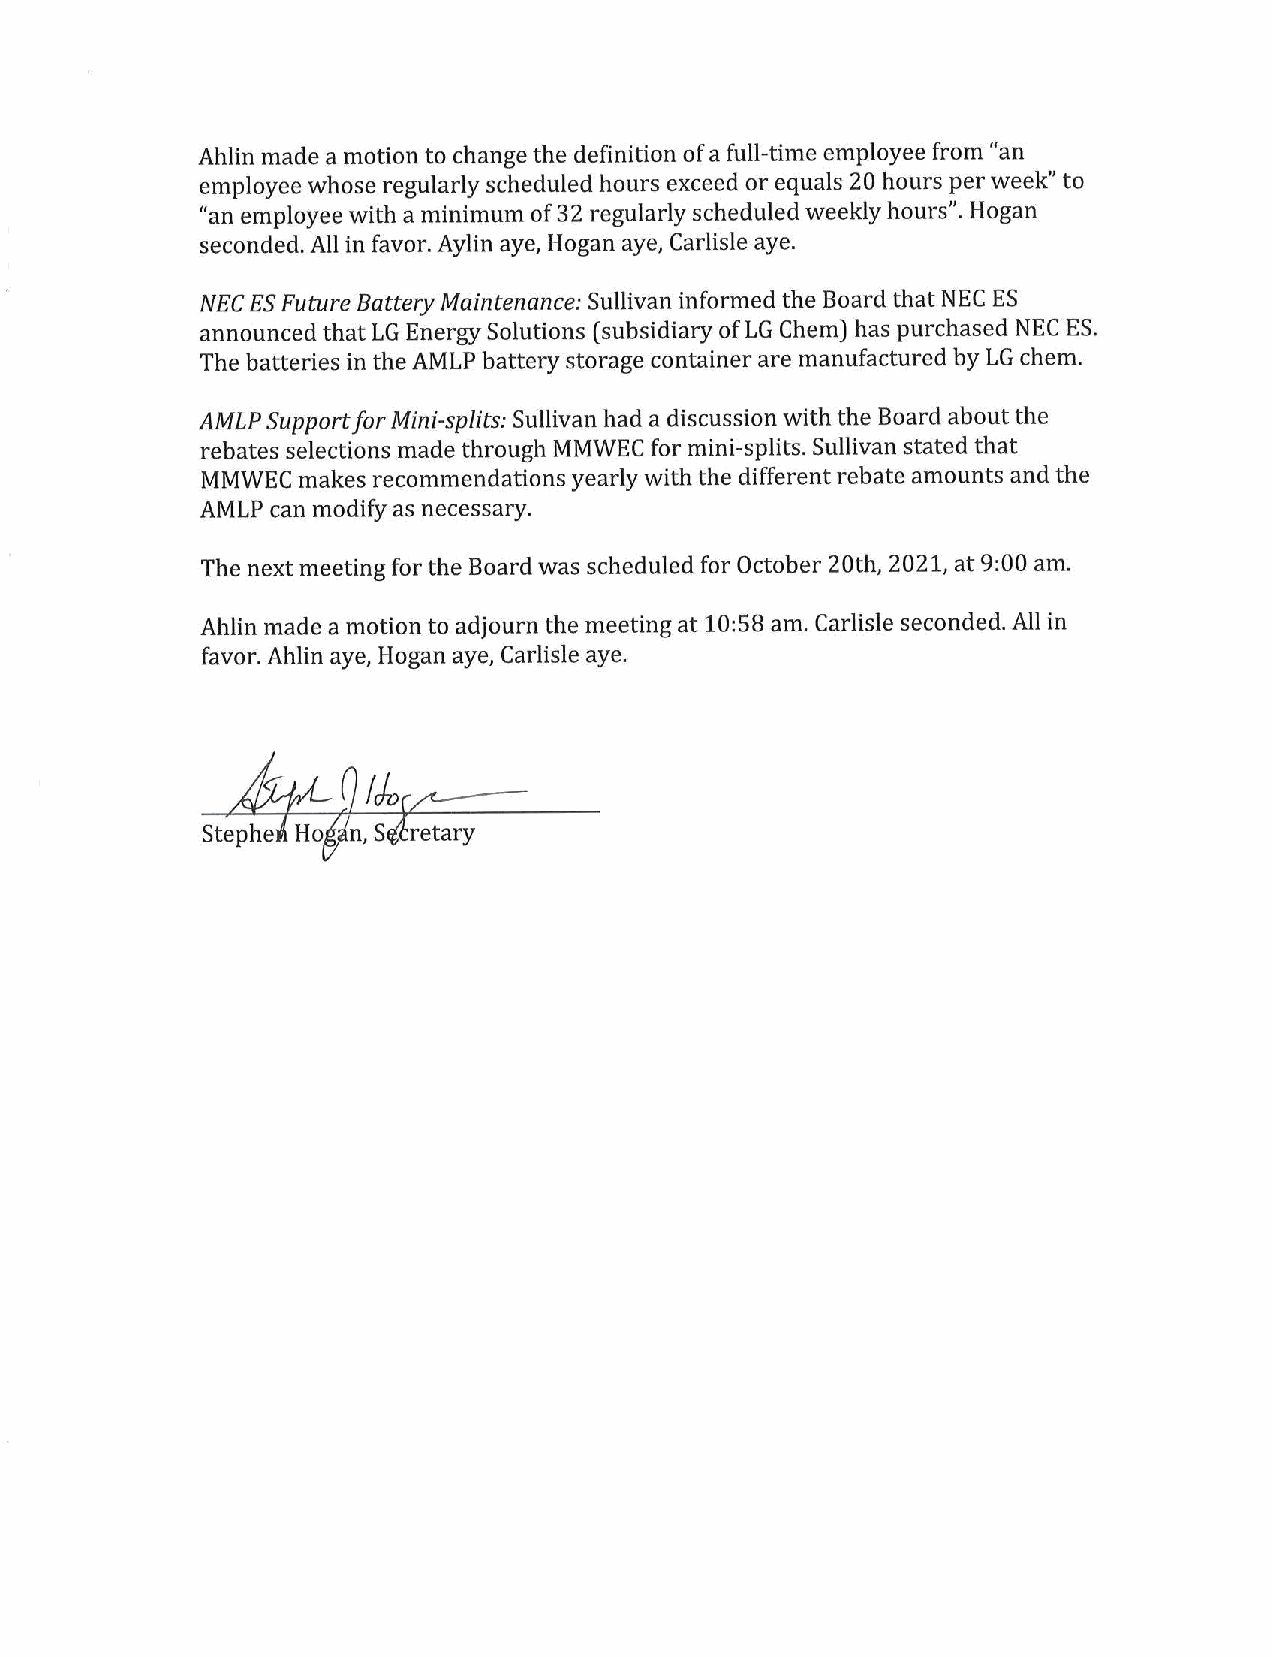
Ahlin made a motion to change the definition of a full-time employee from "an
 employee whose regularly scheduled hours exceed or equals 20 hours per week" to
 "an employee with a minimum of 32 regularly scheduled weekly hours". Hogan
 seconded. All in favor. Aylin aye, Hogan aye, Carlisle aye.
 NECE S Future Battery Maintenance: Sullivan informed the Board that NEC ES
 announced that LG Energy Solutions (subsidiary of LG Chem) has purchased NEC ES.
 The batteries in the AMLP battery storage container are manufactured by LG chem.
 AMLP Support for Mini-splits: Sullivan had a discussion with the Board about the
 rebates selections made through MMWECf or mini-splits. Sullivan stated that
 MMWECm  akes recommendations yearly with the different rebate amounts and the
 AMLP can modify as necessary.
 The next meeting for the Board was scheduled for October 20th, 2021, at 9:00 am.
 Ahlin made a motion to adjourn the meeting at 10:58 am. Carlisle seconded. All in
 favor. Ahlin aye, Hogan aye, Carlisle aye.